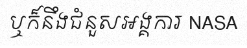
ឬក៏នឹងជំនួសអង្គការ NASA